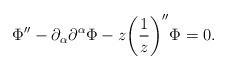
LaTeX: \begin{align*}\Phi'' - \partial_{\alpha}\partial^{\alpha} \Phi - z \biggl( \frac{1}{z}\biggr)'' \Phi=0.\end{align*}